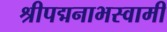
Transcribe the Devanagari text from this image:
श्रीपद्मनाभस्वामी